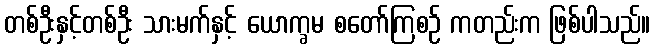
တစ်ဦးနှင့်တစ်ဦး သားမက်နှင့် ယောက္ခမ စတော်ကြစဉ် ကတည်းက ဖြစ်ပါသည်။